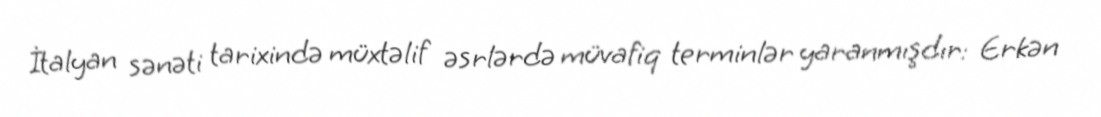
İtalyan sənəti tarixində müxtəlif əsrlərdə müvafiq terminlər yaranmışdır: Erkən